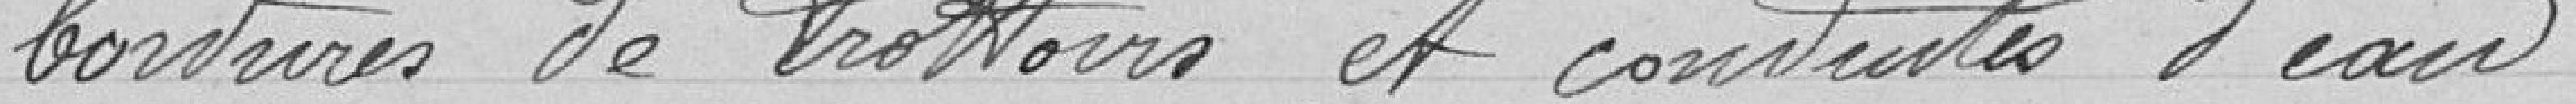
bordures de trottoirs et conduites d'eau.